Scottish Leaving Certificate Examination, 1960
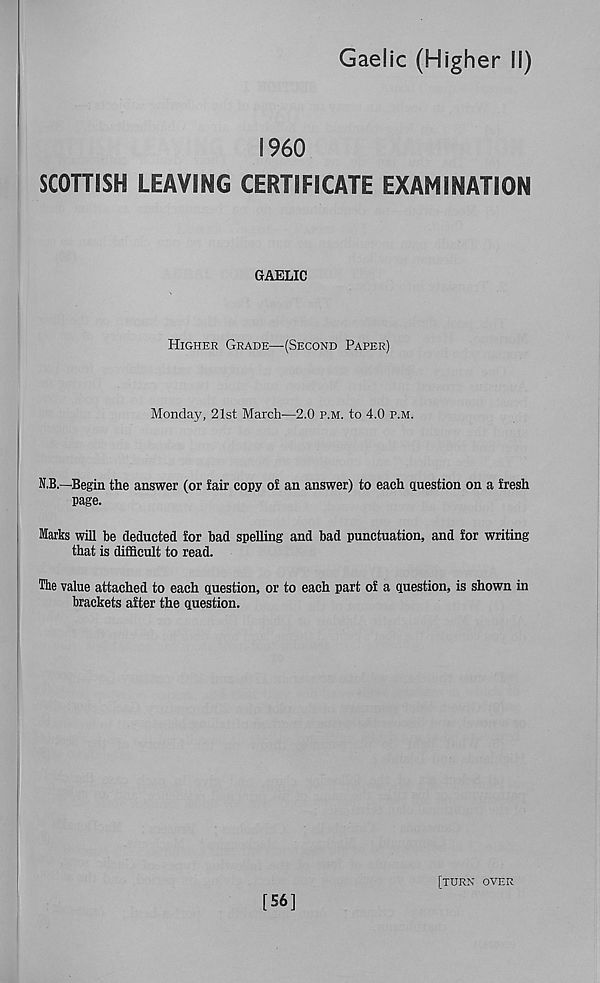
Gaelic (Higher II)
I960
SCOTTISH LEAVING CERTIFICATE EXAMINATION
GAELIC
Higher Grade—(Second Paper)
Monday, 21st March—2.0 p.m. to 4.0 p.m.
N.B.—Begin the answer (or fair copy of an answer) to each question on a fresh
page.
Marks will be deducted for bad spelling and bad punctuation, and for writing
that is difficult to read.
The value attached to each question, or to each part of a question, is shown in
brackets after the question.
[56]
[turn over